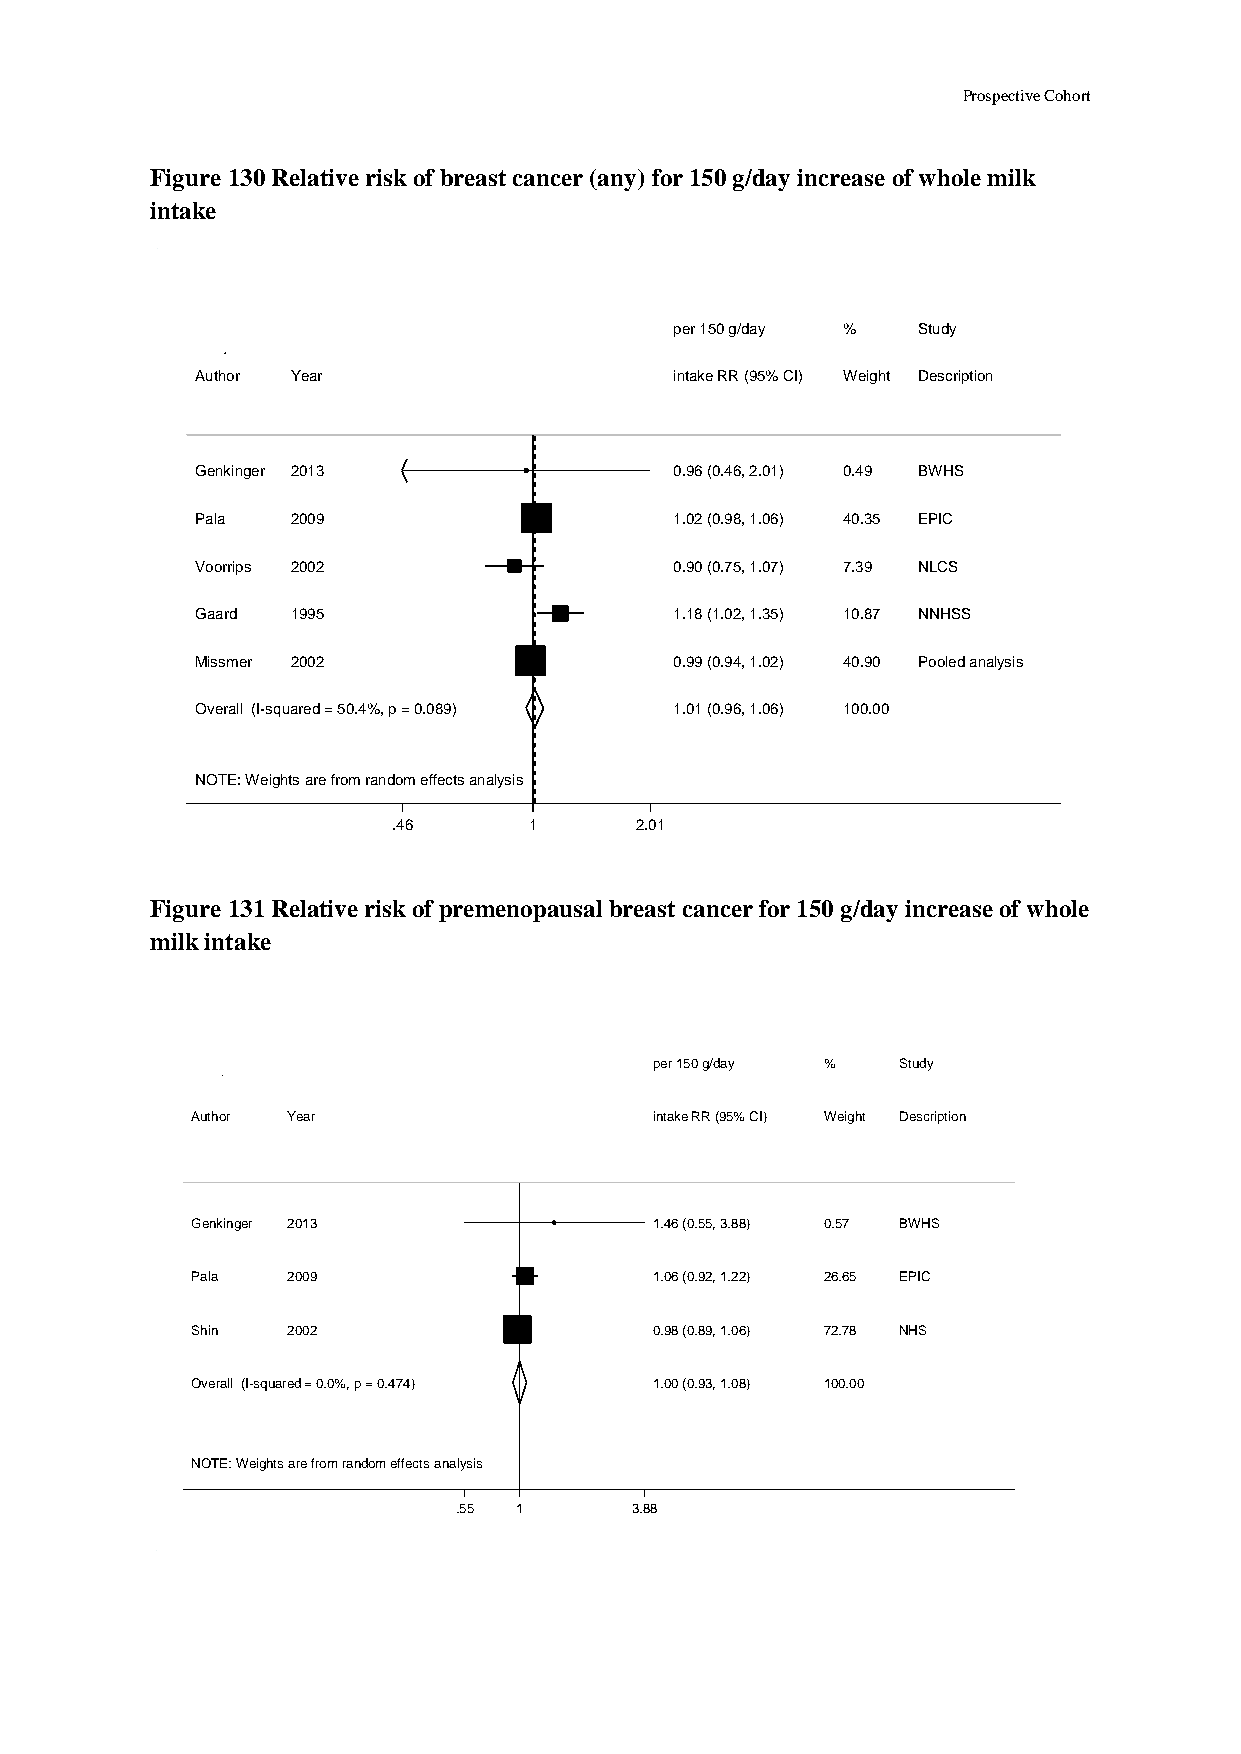
Prospective Cohort
 Figure 130 Relative risk of breast cancer (any) for 150 g/day increase of whole milk
 intake
 ppeerr 115500 gg//ddaayy %% Study
 Author Year                     iinnttaakkee RRRR ((9955%% CCII)) WWeeiigghhtt Description
 Genkinger 2013                  00..9966 ((00..4466,, 22..0011)) 00..4499 BWHS
 Pala  2009                      11..0022 ((00..9988,, 11..0066)) 4400..3355 EPIC
 Voorrips 2002                   00..9900 ((00..7755,, 11..0077)) 77..3399 NLCS
 Gaard 1995                      11..1188 ((11..0022,, 11..3355)) 1100..8877 NNHSS
 Missmer 2002                    00..9999 ((00..9944,, 11..0022)) 4400..9900 Pooled analysis
 Overall (I-squared = 50.4%, p = 0.089) 11..0011 ((00..9966,, 11..0066)) 110000..0000
 NOTE: Weights are from random effects analysis
 .46      11     2.01
 Figure 131 Relative risk of premenopausal breast cancer for 150 g/day increase of whole
 milk intake
 ppeerr 115500 gg//ddaayy %% Study
 Author Year                   iinnttaakkee RRRR ((9955%% CCII)) WWeeiigghhtt Description
 Genkinger 2013                11..4466 ((00..5555,, 33..8888)) 00..5577 BWHS
 Pala  2009                    11..0066 ((00..9922,, 11..2222)) 2266..6655 EPIC
 Shin  2002                    00..9988 ((00..8899,, 11..0066)) 7722..7788 NHS
 Overall (I-squared = 0.0%, p = 0.474) 11..0000 ((00..9933,, 11..0088)) 110000..0000
 NOTE: Weights are from random effects analysis
 .55 11      3.88